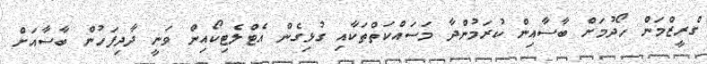
ގްރީޒްމަން ހޯދުމަށް ބާސާއިން ކުރަމުންދާ މަސައްކަތްތަކާއި ގުޅިގެން އެޓްލެޓިކޯއިން ވަނީ ދާދިފަހުން ބާސާއަށް